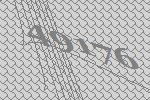
49176